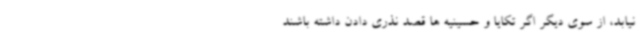
نیابد، از سوی دیگر اگر تکایا و حسینیه ها قصد نذری دادن داشته باشند